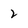
Character: 2